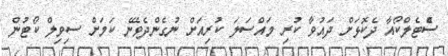
ސެްޓެލްކޯއާ ދެކޮޅަށް ދައުވާ ކުރި މައްސަލަ ކުރިއަށް ނުގެންދެވޭނެ ކަމަށް ސިވިލް ކޯޓުން